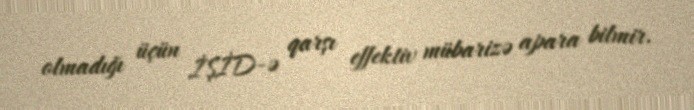
olmadığı üçün İŞİD-ə qarşı effektiv mübarizə apara bilmir.